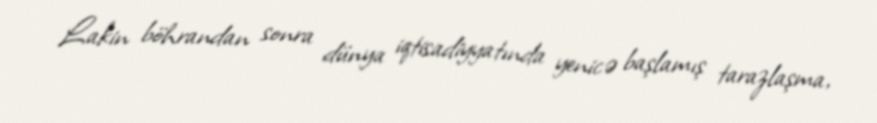
Lakin böhrandan sonra dünya iqtisadiyyatında yenicə başlamış tarazlaşma,